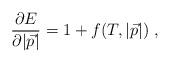
LaTeX: \begin{align*}\frac{\partial E}{\partial |{\vec p}|}=1 + f(T, |{\vec p}|)~, \end{align*}